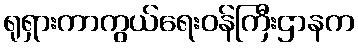
ရုရှားကာကွယ်ရေးဝန်ကြီးဌာနက